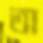
অ